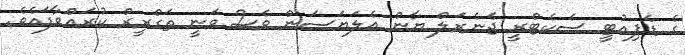
ގެ ޑެޕިއުޓީ ސެކެޓްރީ ޖެނެރަލް ޔާން އެލަޔަސަން ވެސް ވަނީ ތަގްރީރް ކުރައްވާފައެވެ.